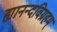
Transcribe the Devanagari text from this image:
ह्यानन्दविग्रहम्